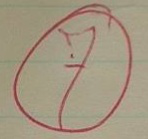
⑦